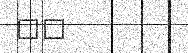
١٠